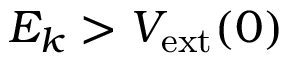
E _ { k } > V _ { \mathrm { e x t } } ( 0 )